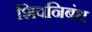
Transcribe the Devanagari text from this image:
शिवनिबंध